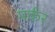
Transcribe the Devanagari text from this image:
मर्कर